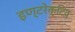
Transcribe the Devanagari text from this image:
इण्टरेक्टिव